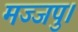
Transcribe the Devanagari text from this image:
मज्जपु।